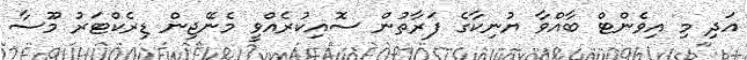
އަދި މި އިވެންޓް ބާއްވާ ޔުނިކާގެ ފަރާތުން ސޮއިކުރެއްވީ މެނޭޖިން ޑިރެކްޓަރު މޫސާ